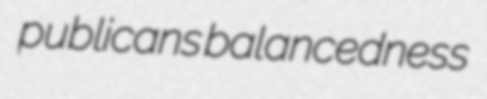
publicans balancedness